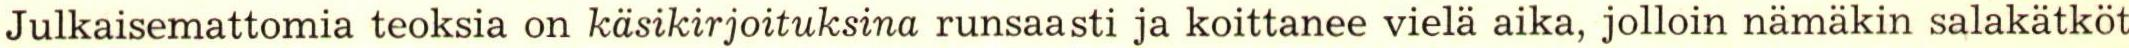
Julkaisemattomia teoksia on käsikirjoituksina runsaasti ja koittanee vielä aika, jolloin nämäkin salakätköt